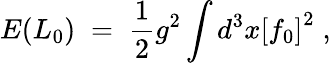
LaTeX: E(L_{0})\; =\; \frac{1}{2}g^{2}\int d^{3}x{[f_{0}]}^{2}\; ,